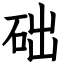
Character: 础